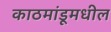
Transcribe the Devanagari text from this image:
काठमांडूमधील